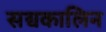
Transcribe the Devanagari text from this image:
सद्यकालिन